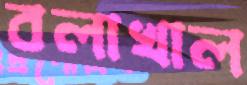
বলাখাল